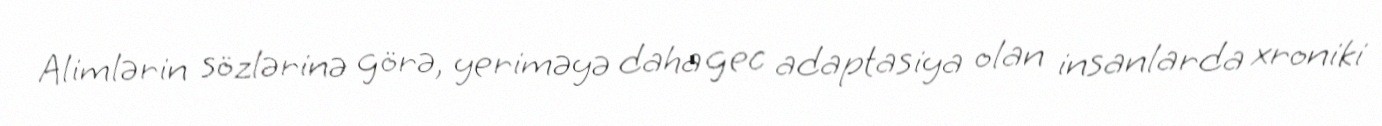
Alimlərin sözlərinə görə, yeriməyə daha gec adaptasiya olan insanlarda xroniki